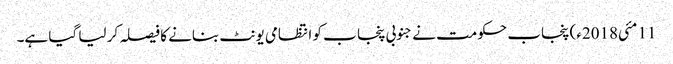
11 مئی2018ء) پنجاب حکومت نے جنوبی پنجا ب کو انتظامی یونٹ بنانے کا فیصلہ کر لیا گیا ہے۔